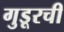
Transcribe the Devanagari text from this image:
गुडूरची